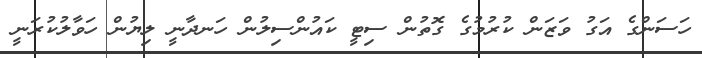
ހަސަންގެ އަގު ވަޒަން ކުރުމުގެ ގޮތުން ސިޓީ ކައުންސިލުން ހަނދާނީ ލިޔުން ހަވާލުކުރަނީ